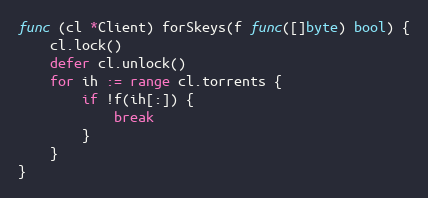
Language: Go
func (cl *Client) forSkeys(f func([]byte) bool) {
	cl.lock()
	defer cl.unlock()
	for ih := range cl.torrents {
		if !f(ih[:]) {
			break
		}
	}
}